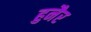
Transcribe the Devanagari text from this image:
हुनैर